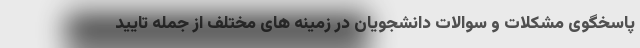
پاسخگوی مشکلات و سوالات دانشجویان در زمینه های مختلف از جمله تایید